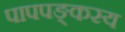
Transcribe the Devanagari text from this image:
पापपङ्कस्य